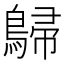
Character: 𪂋